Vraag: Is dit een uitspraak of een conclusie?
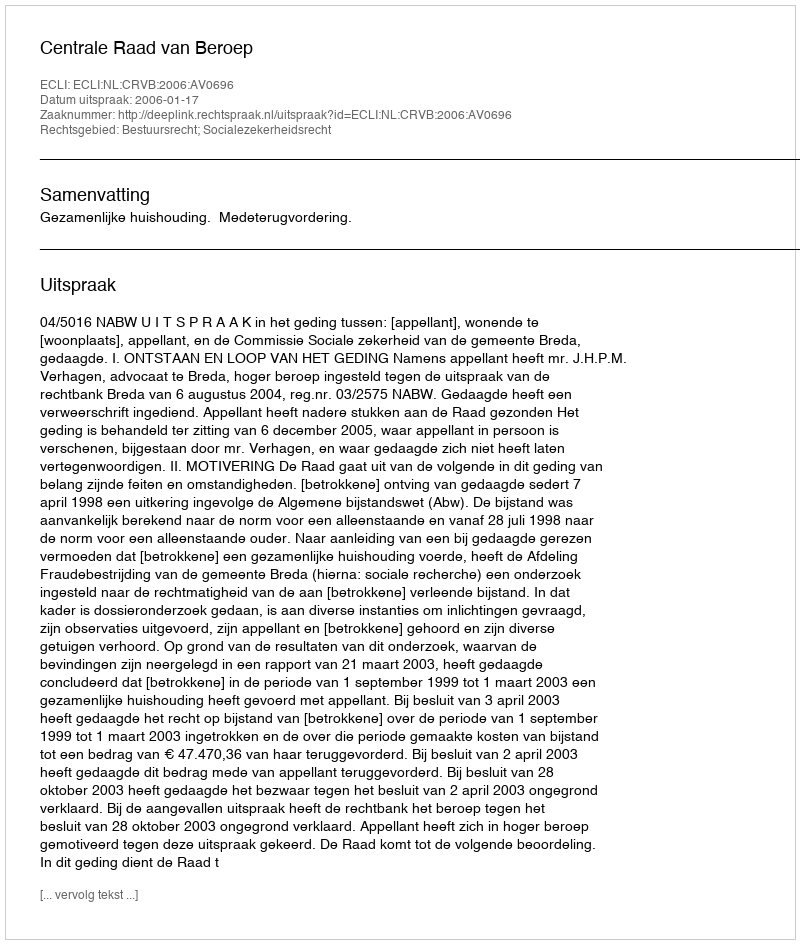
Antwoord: Uitspraak